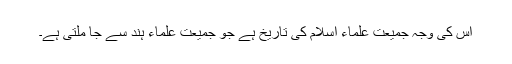
اس کی وجہ جمیعت علماء اسلام کی تاریخ ہے جو جمیعت علماء ہند سے جا ملتی ہے۔